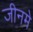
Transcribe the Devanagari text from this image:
जीनमे